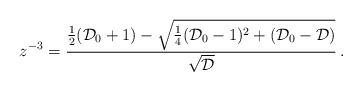
LaTeX: \begin{align*}z^{-3} = { {1\over 2}({\cal D}_0 + 1) - \sqrt{ {1\over 4}({\cal D}_0 - 1)^2+ ({\cal D}_0 - {\cal D})} \over \sqrt{\cal D}} \, . \end{align*}